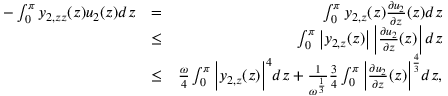
\begin{array} { r l r } { - \int _ { 0 } ^ { \pi } { y _ { 2 , z z } ( z ) u _ { 2 } ( z ) d z } } & { = } & { \int _ { 0 } ^ { \pi } { y _ { 2 , z } ( z ) \frac { \partial u _ { 2 } } { \partial z } ( z ) d z } } \\ & { \leq } & { \int _ { 0 } ^ { \pi } { \left| y _ { 2 , z } ( z ) \right| \left| \frac { \partial u _ { 2 } } { \partial z } ( z ) \right| d z } } \\ & { \leq } & { \frac { \omega } { 4 } \int _ { 0 } ^ { \pi } { \Big | y _ { 2 , z } ( z ) \Big | ^ { 4 } d z } + \frac { 1 } { \omega ^ { \frac { 1 } { 3 } } } \frac { 3 } { 4 } \int _ { 0 } ^ { \pi } { \Big | \frac { \partial u _ { 2 } } { \partial z } ( z ) \Big | ^ { \frac { 4 } { 3 } } d z } , } \end{array}